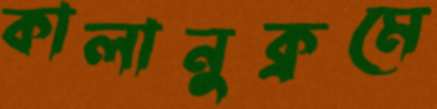
কালানুক্রমে